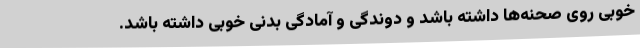
خوبی روی صحنه‌ها داشته باشد و دوندگی و آمادگی بدنی خوبی داشته باشد.